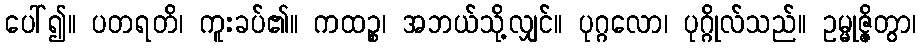
ပေါ်၍။ ပတရတိ၊ ကူးခပ်၏။ ကထဉ္စ၊ အဘယ်သို့လျှင်။ ပုဂ္ဂလော၊ ပုဂ္ဂိုလ်သည်။ ဥမ္မုဇ္ဇိတွာ၊